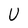
Character: U